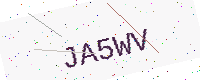
Text: JA5WV